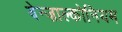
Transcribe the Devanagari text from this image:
बेन्ज़ाल्कोनियम